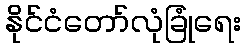
နိုင်ငံတော်လုံခြုံရေး